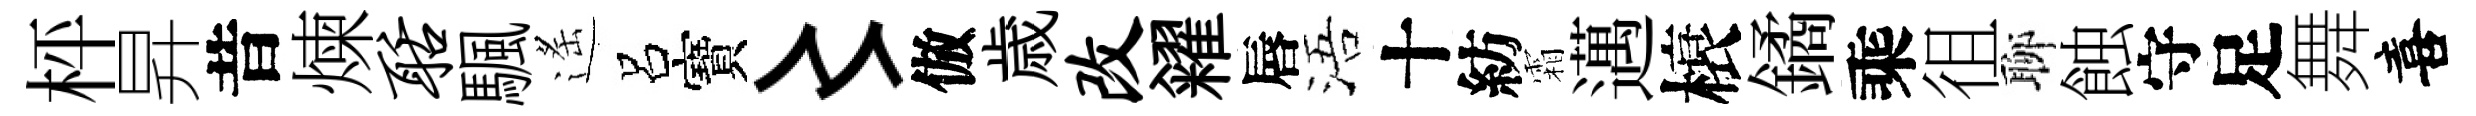
枰昇昔煉聒颿遙呂寶〻倣歳改糴唇浯十紡霜邁榱鐍乘徂聊蝕守足舞喜